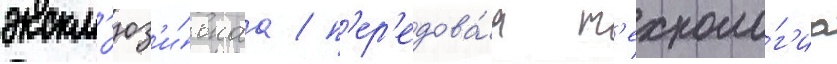
экскл'юз'и́внаа / п'ер'едова́я т'ехноло́г'иа